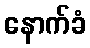
နောက်ခံ